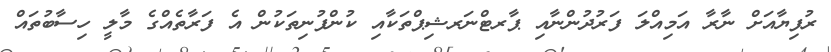
ރުފިޔާއަށް ނާރާ އަމިއްލަ ފަރުދުންނާއި ޕާރޓްނަރޝިޕްތަކާއި ކުންފުނިތަކުން އެ ފަރާތެއްގެ މާލީ ހިސާބުތައް